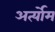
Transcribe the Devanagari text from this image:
अर्त्योम